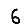
Digit: 6